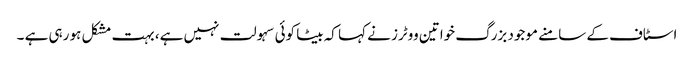
اسٹاف کے سامنے موجود بزرگ خواتین ووٹرز نے کہا کہ بیٹا کوئی سہولت نہیں ہے، بہت مشکل ہو رہی ہے ۔